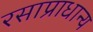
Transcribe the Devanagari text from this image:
रसाप्राधान्य